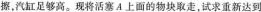
擦，汽缸足够高。现将活塞A上面的物块取走，试求重新达到